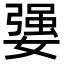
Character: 𡠥